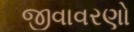
જીવાવરણો